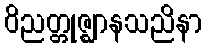
ဝိညတ္တုဇ္ဈာနသညိနာ